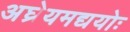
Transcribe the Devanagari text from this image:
अघ्रेयमद्ययोः